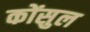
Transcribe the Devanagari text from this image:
कोंसुल